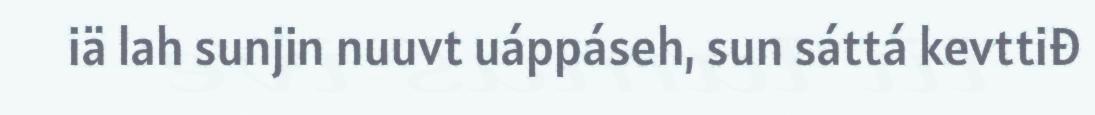
iä lah sunjin nuuvt uáppáseh, sun sáttá kevttiđ